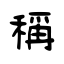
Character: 稱